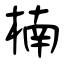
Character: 楠